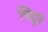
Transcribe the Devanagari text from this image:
चिद्रूपं